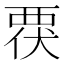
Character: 覄